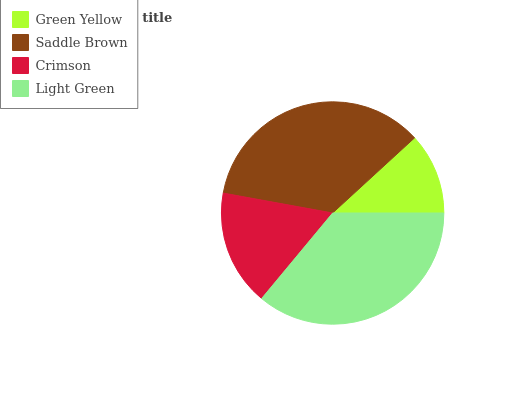
| Green Yellow | Saddle Brown | Crimson | Light Green |
 | --- | --- | --- | --- |
 | 11.8% | 35.3% | 16.9% | 36% |